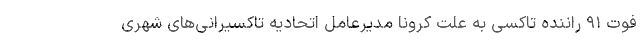
فوت ۹۱ راننده تاکسی به علت کرونا مدیرعامل اتحادیه تاکسیرانی‌های شهری